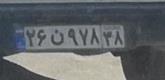
۲۶ن۹۷۸۳۸